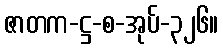
ဇာတက-ဋ္ဌ-စ-အုပ်-၃၂၆။